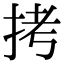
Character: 拷